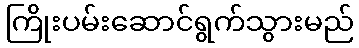
ကြိုးပမ်းဆောင်ရွက်သွားမည်